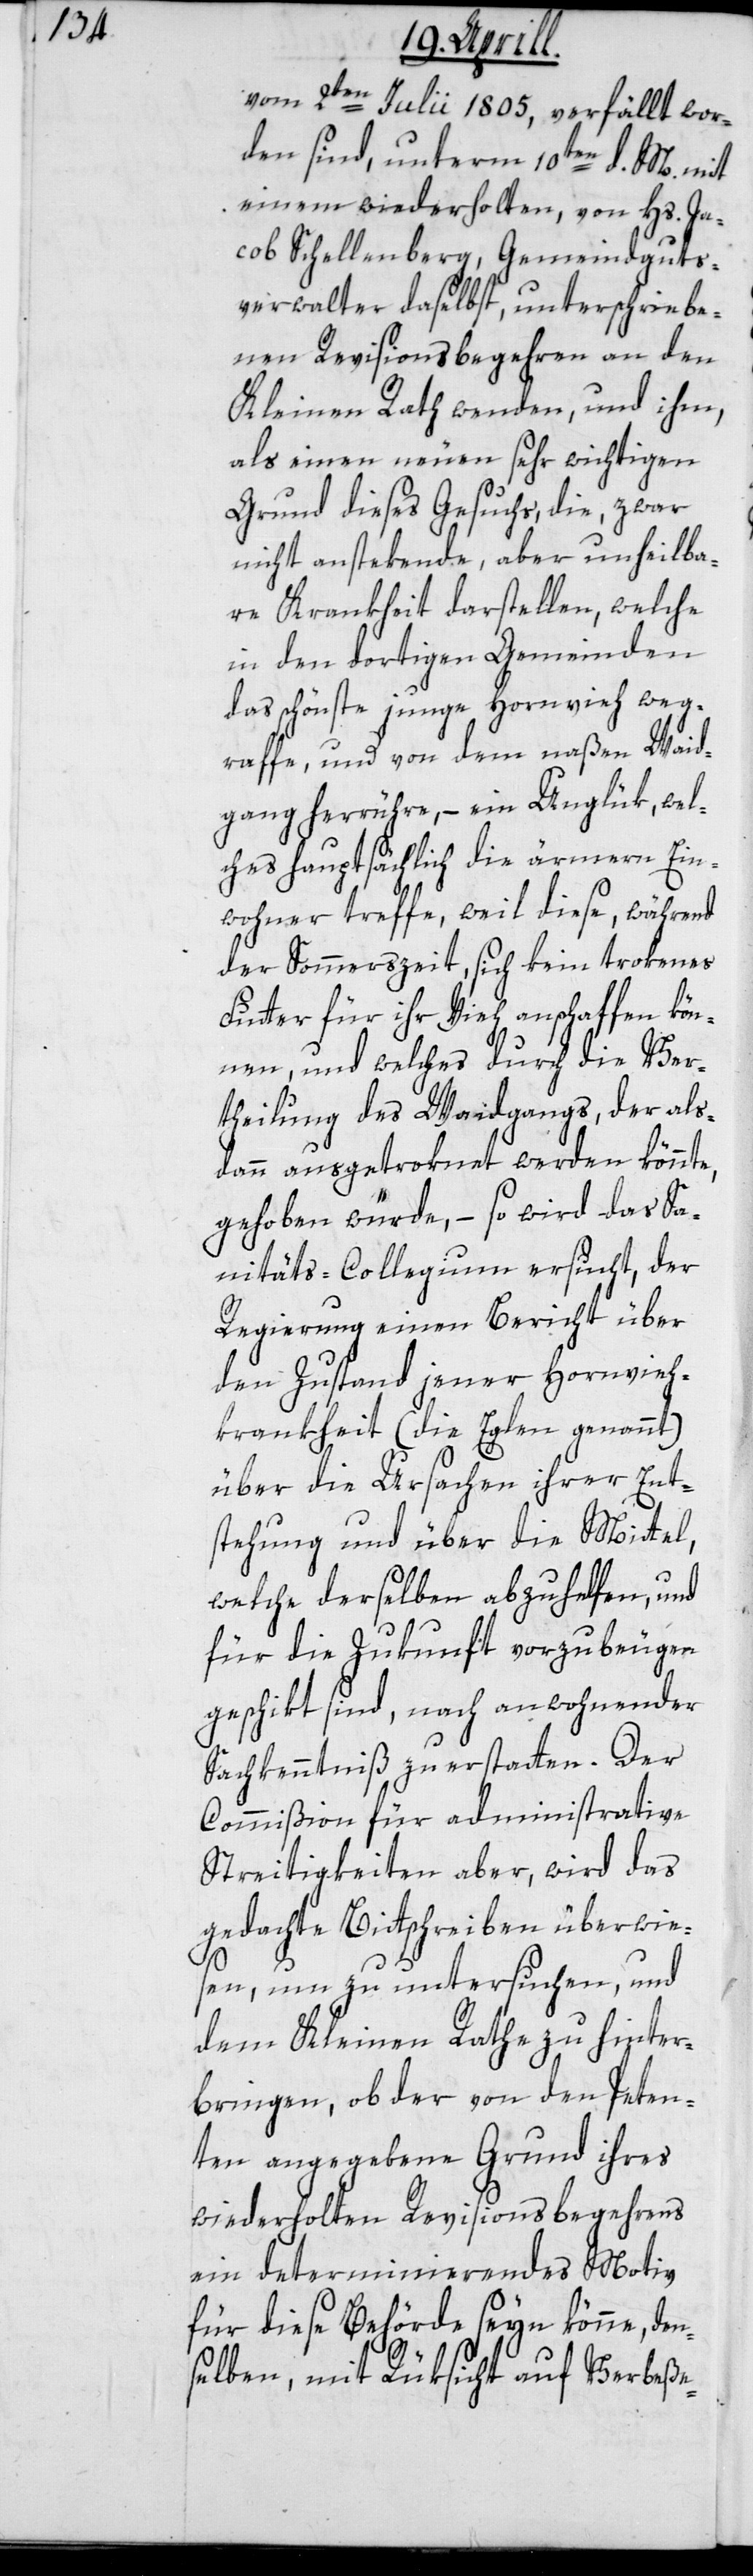
vom 2ten Julii 1805, verfällt wor¬
den sind, unterm 10ten d. M. mit
einem wiederholten, von Hs. Ja¬
cob Schellenberg, Gemeindguts¬
verwalter daselbst, unterschriebe¬
nen Revisionsbegehren an den
Kleinen Rath wenden, und ihm,
als einen neuen sehr wichtigen
Grund dieses Gesuchs, die zwar
nicht anstekende, aber unheilba¬
re Krankheit darstellen, welche
in den dortigen Gemeinden
das schönste junge Hornvieh weg¬
raffe, und von dem naßen Weid¬
gang herrühre, – ein Unglük, wel¬
ches hauptsächlich die ärmern Ein¬
wohner treffe, weil diese, während
der Sommerszeit, sich kein trokenes
Futter für ihr Vieh anschaffen kön¬
nen, und welches durch die Ver¬
theilung des Weidgangs, der als¬
dann ausgetroknet werden könnte,
gehoben würde, – so wird das Sa¬
nitäts-Collegium ersucht, der
Regierung einen Bericht über
den Zustand jener Hornvieh¬
krankheit (die Eglen genannt)
über die Ursachen ihrer Ent¬
stehung und über die Mittel,
welche derselben abzuhelfen und
für die Zukunft vorzubeugen
geschickt sind, nach anwohnender
Sachkenntniß zu erstatten. Der
Commißion für administrative
Streitigkeiten aber, wird das
gedachte Bittschreiben überwie¬
sen, um zu untersuchen, und
dem Kleinen Rathe zu hinter¬
bringen, ob der von den Peten¬
ten angegebene Grund ihres
wiederholten Revisionsbegehrens
ein determinierendes Motiv
für diese Behörde seyn könne, den¬
selben mit Rüksicht auf Verbeße-